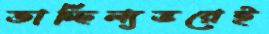
তাচ্ছিল্যভরেই